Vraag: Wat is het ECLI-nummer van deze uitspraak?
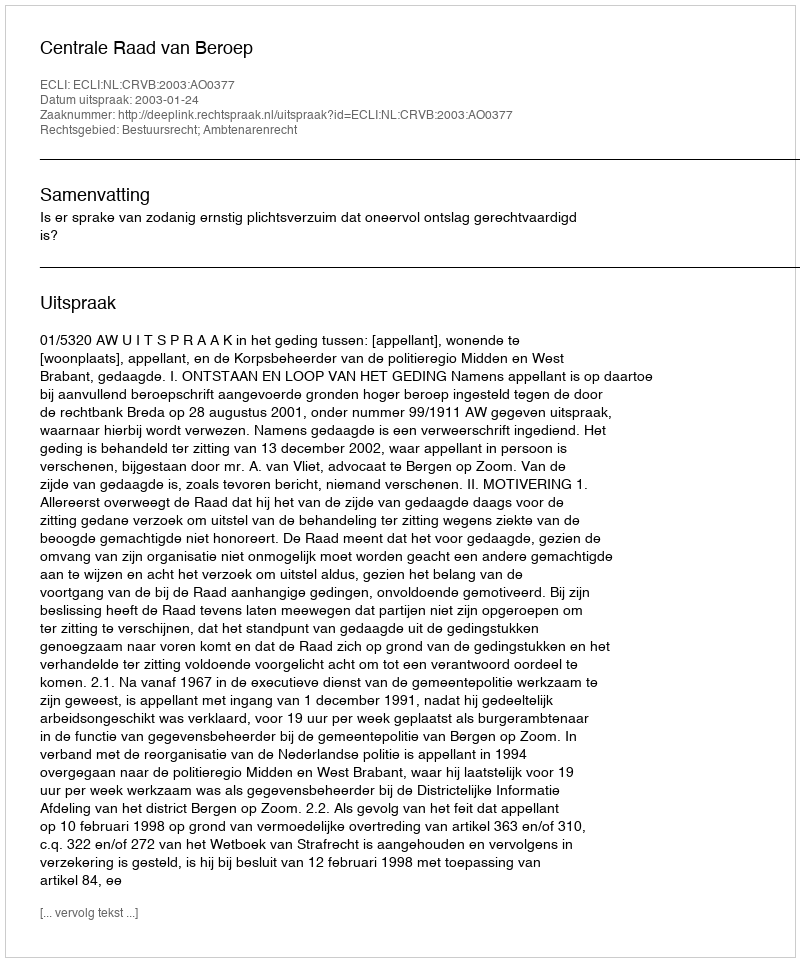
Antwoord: ECLI:NL:CRVB:2003:AO0377